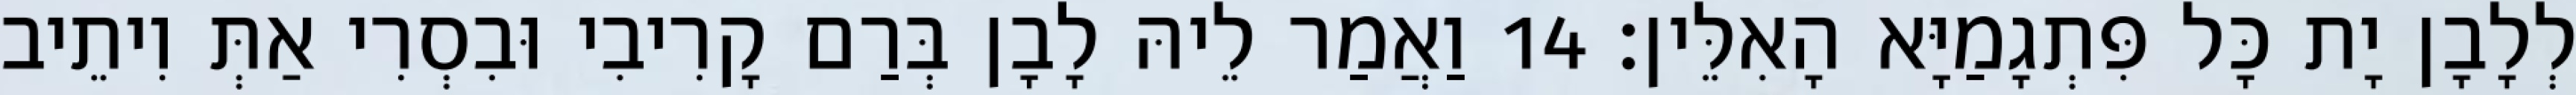
לְלָבָן יָת כָּל פִּתְגָמַיָּא הָאִלֵּין׃ 14 וַאֲמַר לֵיהּ לָבָן בְּרַם קָרִיבִי וּבִסְרִי אַתְּ וִיתֵיב